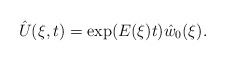
\begin{align*}\hat U(\xi,t) = \exp(E(\xi)t)\hat w_0(\xi).\end{align*}